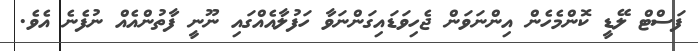
ފަސްޓް ލޭޑީ ކޮންމެހެން އިންނަވަން ޖެހިވަޑައިގަންނަވާ ހަފުލާއެއްގައި ނޫނީ ފާތުންއެއް ނުފެނެ އެވެ.